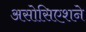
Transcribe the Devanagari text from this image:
असोसिएशने